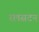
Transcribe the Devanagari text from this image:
रलसटन